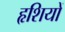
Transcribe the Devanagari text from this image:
हृशियों